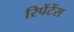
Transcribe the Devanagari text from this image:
रिपेंटेंस